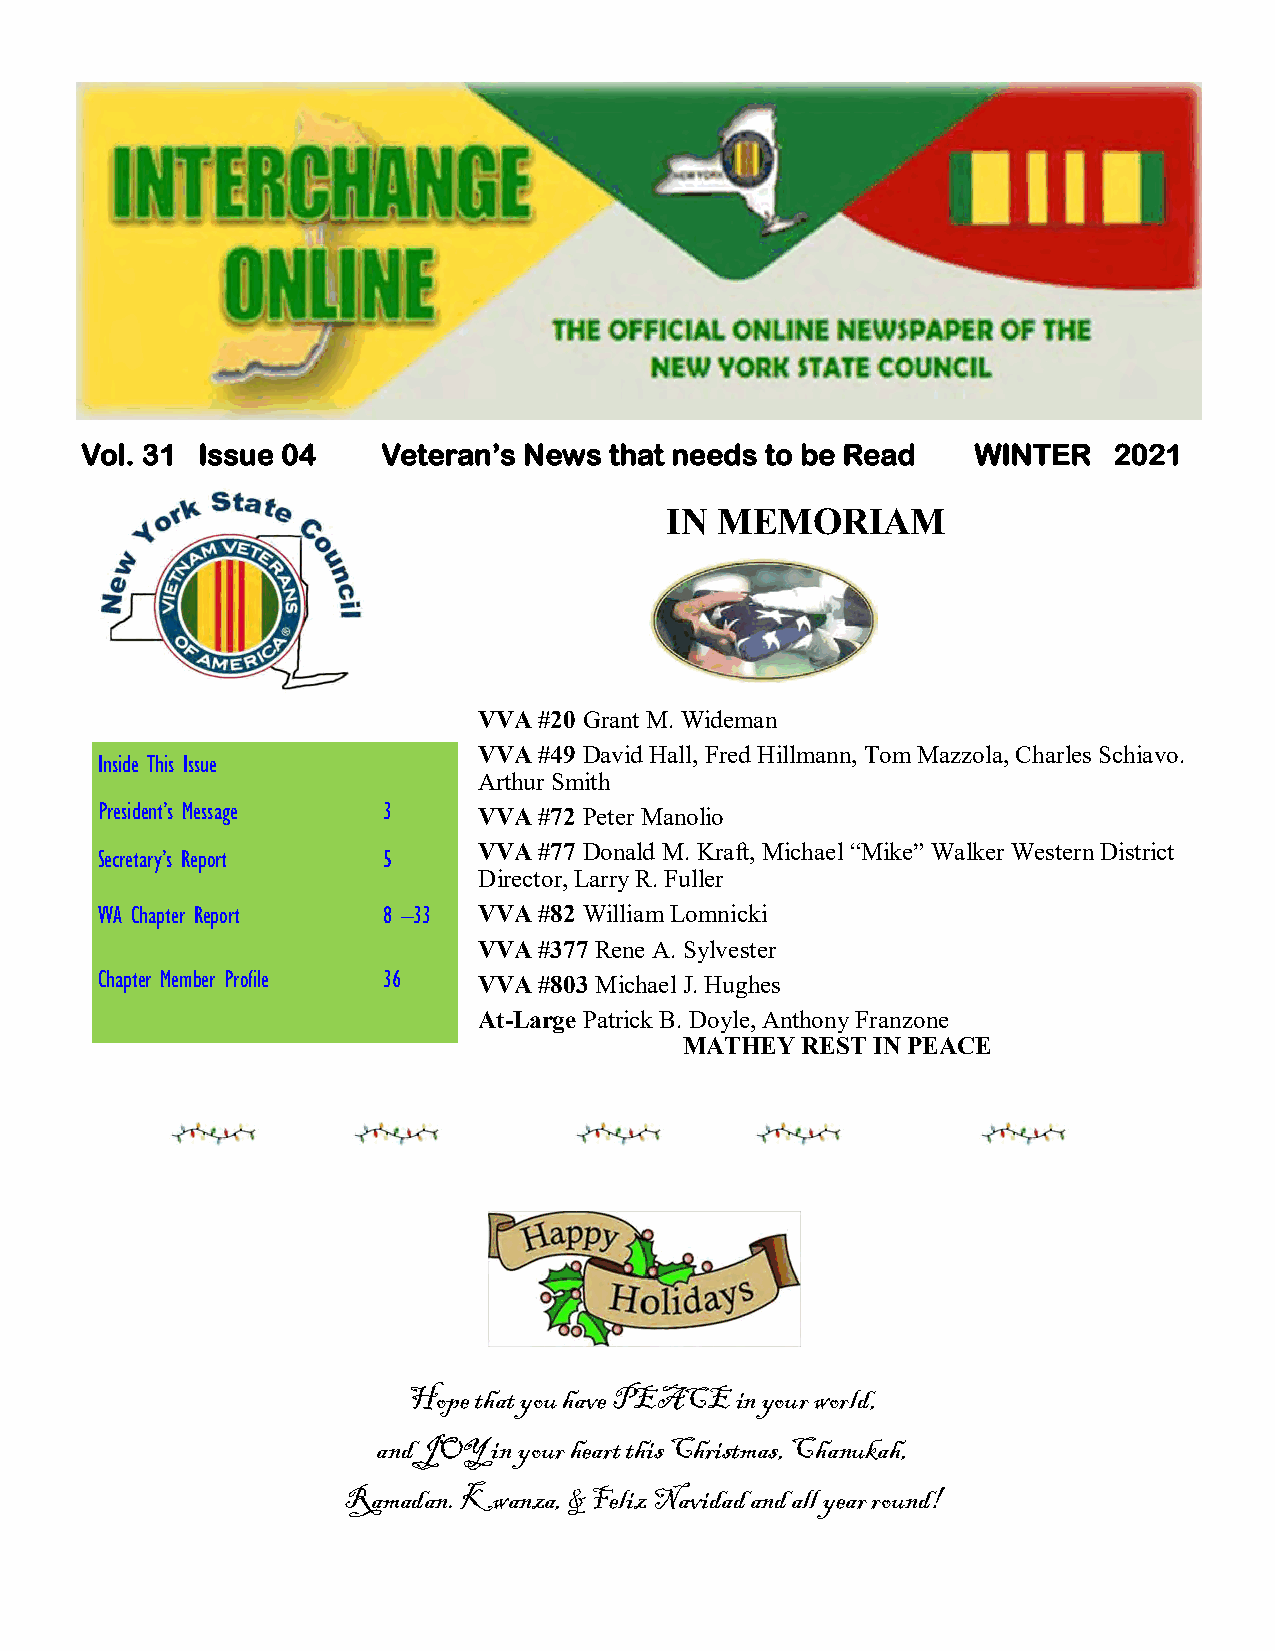
Vol. 31 Issue 04    Veteran’s News that needs to be Read    WINTER   2021
 IN MEMORIAM
 VVA #20 Grant M. Wideman
 VVA #49 David Hall, Fred Hillmann, Tom Mazzola, Charles Schiavo.
 Inside This Issue
 Arthur Smith
 President’s Message 3     VVA #72 Peter Manolio
 VVA #77 Donald M. Kraft, Michael “Mike” Walker Western District
 Secretary’s Report 5
 Director, Larry R. Fuller
 VVA Chapter Report 8 –33  VVA #82 William Lomnicki
 VVA #377 Rene A. Sylvester
 Chapter Member Profile 36 VVA #803 Michael J. Hughes
 At-Large Patrick B. Doyle, Anthony Franzone
 MATHEY  REST IN PEACE
 Hope that you have PEACE in your world,
 and JOY in your heart this Christmas, Chanukah,
 Ramadan. Kwanza, & Feliz Navidad and all year round!